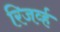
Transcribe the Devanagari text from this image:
रिजर्व्ह